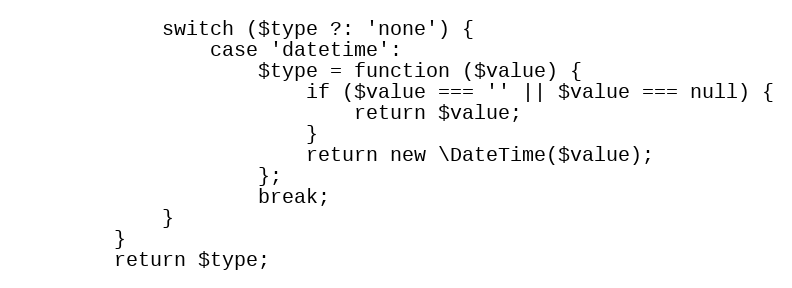
Language: PHP
			switch ($type ?: 'none') {
				case 'datetime':
					$type = function ($value) {
						if ($value === '' || $value === null) {
							return $value;
						}
						return new \DateTime($value);
					};
					break;
			}
		}
		return $type;